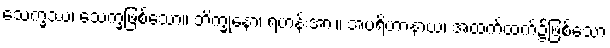
သေက္ခဿ၊ သေက္ခဖြစ်သော။ ဘိက္ခုနော၊ ရဟန်းအား။ အပရိဟာနာယ၊ အထက်ထက်၌ဖြစ်သော